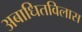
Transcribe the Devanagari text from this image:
अबाधितविलास